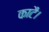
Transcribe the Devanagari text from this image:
काटै।